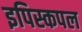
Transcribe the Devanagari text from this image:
इपिस्कपल